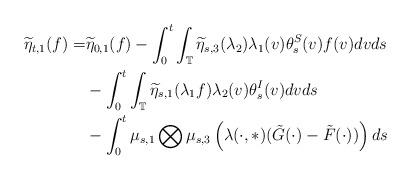
LaTeX: \begin{align*}\widetilde{\eta}_{t,1}(f)=&\widetilde{\eta}_{0,1}(f)-\int_0^t\int_\mathbb{T}\widetilde{\eta}_{s,3}(\lambda_2)\lambda_1(v)\theta_s^S(v)f(v)dvds \\&-\int_0^t\int_{\mathbb{T}}\widetilde{\eta}_{s,1}(\lambda_1f)\lambda_2(v)\theta_s^I(v)dvds\\&-\int_0^t\mu_{s,1}\bigotimes\mu_{s,3}\left(\lambda(\cdot, \ast)(\tilde{G}(\cdot)-\tilde{F}(\cdot))\right)ds \end{align*}